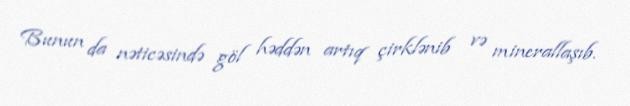
Bunun da nəticəsində göl həddən artıq çirklənib və minerallaşıb.